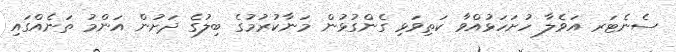
ސެނެޓަރ އަވެލާ ހުށަހަޅުއްވާ ކަތިވަޅި ގެންގުޅުން މަނާކުރުމުގެ ބިލުގެ ދަށުން އަންމު ތަނެއްގައި